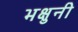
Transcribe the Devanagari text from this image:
भक्षुनी